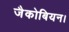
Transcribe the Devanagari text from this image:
जैकोबियन।